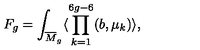
F _ { g } = \int _ { { \overline { M } } _ { g } } \langle \prod _ { k = 1 } ^ { 6 g - 6 } ( b , \mu _ { k } ) \rangle ,